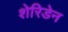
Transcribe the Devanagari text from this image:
शेरिडेन